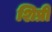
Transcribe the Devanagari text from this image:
शिप्री